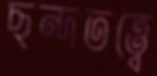
ছন্দতত্ত্বে